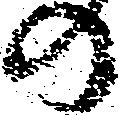
の